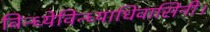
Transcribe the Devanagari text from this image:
विन्ध्येविन्ध्याधिवासिनी।